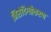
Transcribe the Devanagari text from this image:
निसंदिग्धीकरण